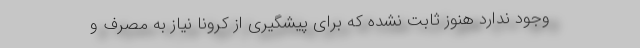
وجود ندارد هنوز ثابت نشده که برای پیشگیری از کرونا نیاز به مصرف و